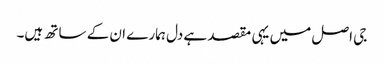
جی اصل میں یہی مقصد ہے دل ہمارے ان کے ساتھ ہیں۔